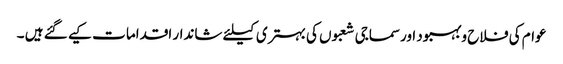
عوام کی فلاح وبہبود اورسماجی شعبوں کی بہتری کیلئے شاندار اقداما ت کیے گئے ہیں ۔